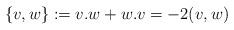
LaTeX: \begin{align*}\left\{ v,w\right\} :=v.w+w.v=-2(v,w)\end{align*}